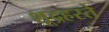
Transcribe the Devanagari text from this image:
शूद्रहस्ते